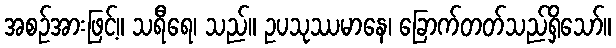
အစဉ်အားဖြင့်။ သရီရေ၊ သည်။ ဥပသုဿမာနေ၊ ခြောက်တတ်သည်ရှိသော်။